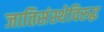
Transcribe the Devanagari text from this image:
जातिसंस्थेविरुद्ध